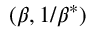
( \beta , 1 / \beta ^ { \ast } )